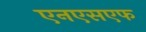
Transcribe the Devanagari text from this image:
एनएसएफ